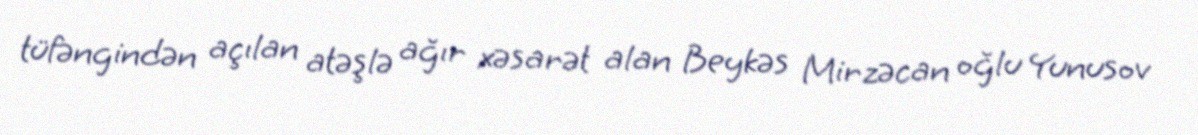
tüfəngindən açılan atəşlə ağır xəsarət alan Beykəs Mirzəcan oğlu Yunusov